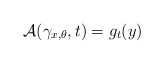
\begin{align*}\mathcal A(\gamma_{x,\theta},t)=g_t(y)\end{align*}